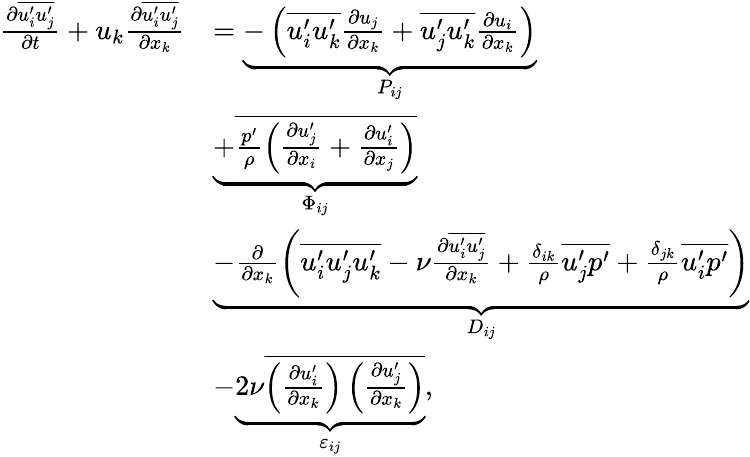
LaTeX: \begin{array}{rl}{\frac{\partial\overline{{u_{i}^{\prime}u_{j}^{\prime}}}}{\partial t}+u_{k}\frac{\partial\overline{{u_{i}^{\prime}u_{j}^{\prime}}}}{\partial x_{k}}}&{=\underbrace{-\left(\overline{{u_{i}^{\prime}u_{k}^{\prime}}}\frac{\partial u_{j}}{\partial x_{k}}+\overline{{u_{j}^{\prime}u_{k}^{\prime}}}\frac{\partial u_{i}}{\partial x_{k}}\right)}_{P_{ij}}}\\ &{\underbrace{+\overline{{\frac{p^{\prime}}{\rho}\left(\frac{\partial u_{j}^{\prime}}{\partial x_{i}}+\frac{\partial u_{i}^{\prime}}{\partial x_{j}}\right)}}}_{\Phi_{ij}}}\\ &{\underbrace{-\frac{\partial}{\partial x_{k}}\left(\overline{{u_{i}^{\prime}u_{j}^{\prime}u_{k}^{\prime}}}-\nu\frac{\partial\overline{{u_{i}^{\prime}u_{j}^{\prime}}}}{\partial x_{k}}+\frac{\delta_{ik}}{\rho}\overline{{u_{j}^{\prime}p^{\prime}}}+\frac{\delta_{jk}}{\rho}\overline{{u_{i}^{\prime}p^{\prime}}}\right)}_{D_{ij}}}\\ &{-\underbrace{2\nu\overline{{\left(\frac{\partial u_{i}^{\prime}}{\partial x_{k}}\right)\left(\frac{\partial u_{j}^{\prime}}{\partial x_{k}}\right)}}}_{\varepsilon_{ij}},}\end{array}